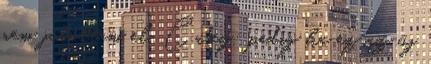
nem jutottam el. Casey: pedig ha ez az új